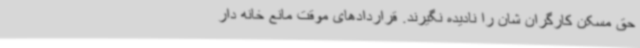
حق مسکن کارگران شان را نادیده نگیرند. قراردادهای موقت مانع خانه دار